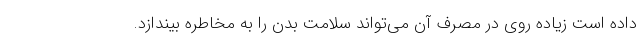
داده است زیاده روی در مصرف آن می‌تواند سلامت بدن را به مخاطره بیندازد.